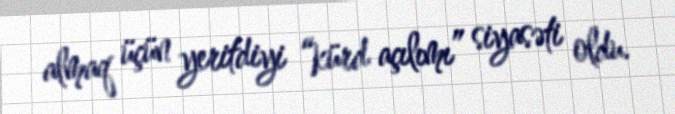
almaq üçün yeritdiyi “kürd açılımı” siyasəti oldu.